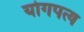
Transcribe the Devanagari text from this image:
योगपत्य